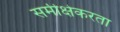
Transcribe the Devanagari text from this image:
समीक्षेकरता